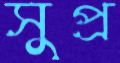
সুপ্র